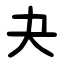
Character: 夬